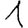
Digit: 1